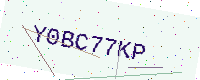
Text: Y0BC77KP